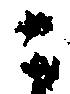
ニ